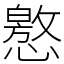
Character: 㦘